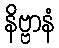
နိဗ္ဗာနံ